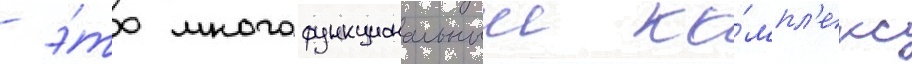
- э́то многофункциональныи ко́мпл'екс